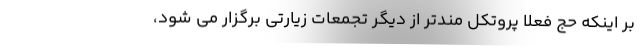
بر اینکه حج فعلا پروتکل مندتر از دیگر تجمعات زیارتی برگزار می شود،